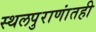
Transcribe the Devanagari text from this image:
स्थलपुराणांतही